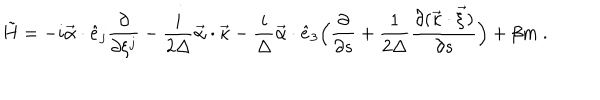
LaTeX: \tilde { H } = - i \vec { \alpha } \cdot \hat { e } _ { j } \frac { \partial } { \partial \xi ^ { j } } - \frac { i } { 2 \Delta } \vec { \alpha } \cdot \vec { \kappa } - \frac { i } { \Delta } \vec { \alpha } \cdot \hat { e } _ { 3 } \Bigl ( \frac { \partial } { \partial s } + \frac { 1 } { 2 \Delta } \frac { \partial ( \vec { \kappa } \cdot \vec { \xi } ) } { \partial s } \Bigr ) + \beta m \ .